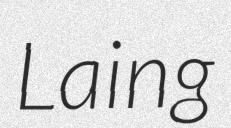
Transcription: Laing